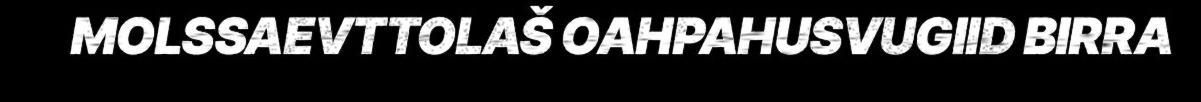
MOLSSAEVTTOLAŠ OAHPAHUSVUGIID BIRRA